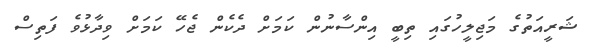
ޝަރީއަތުގެ މަޖިލީހުގައި ތިބީ އިންސާނުން ކަމަށް ދެކެން ޖެހޭ ކަމަށް ވިދާޅުވެ ފަތިސް